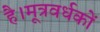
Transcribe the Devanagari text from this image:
है।मूत्रवर्धकों